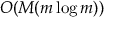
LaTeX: O ( M ( m \log m ) )